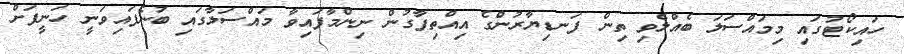
ހައިކޯޓުގައި މިމައްސަަލަ ބެއްލެވި ތިން ފަނޑިޔާރުންގެ އިއްތިފާގުން ނިންމާފައިވާ މައްސަލާގައި ބުނެފައިވަނީ ހަނީފަށް